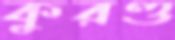
কুরণ্ড